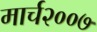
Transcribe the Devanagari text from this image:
मार्च२००७